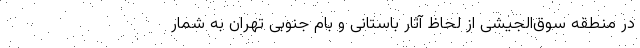
در منطقه سوق‌الجیشی از لحاظ آثار باستانی و بام جنوبی تهران به شمار